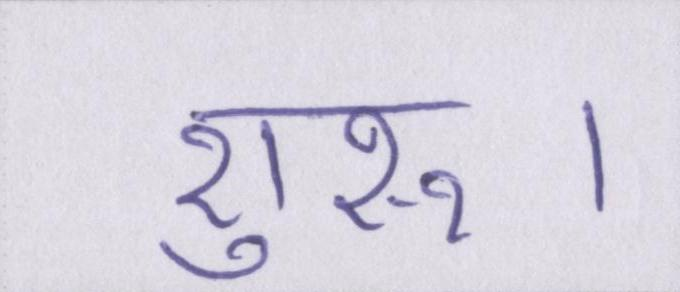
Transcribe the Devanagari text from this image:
शुरू।